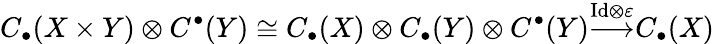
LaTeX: C_{\bullet}(X\times Y)\otimes C^{\bullet}(Y)\cong C_{\bullet}(X)\otimes C_{\bullet}(Y)\otimes C^{\bullet}(Y){\overset{\mathrm{Id}\otimes\varepsilon}{\longrightarrow}}C_{\bullet}(X)